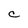
Character: C